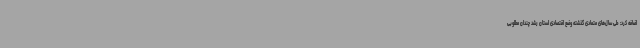
اضافه کرد: طی سال‌های متمادی گذشته وضع اقتصادی استان رشد چندان مطلوبی